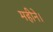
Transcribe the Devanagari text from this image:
महीने।